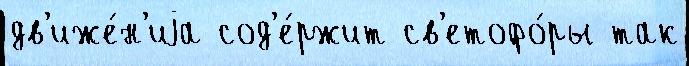
дв'иже́н'иjа сод'е́ржит св'етофо́ры так